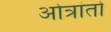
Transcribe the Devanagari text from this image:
ओत्रांतो